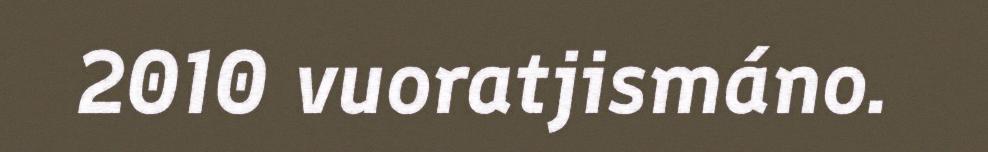
2010 vuoratjismáno.